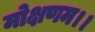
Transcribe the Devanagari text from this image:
मोक्षणम।।